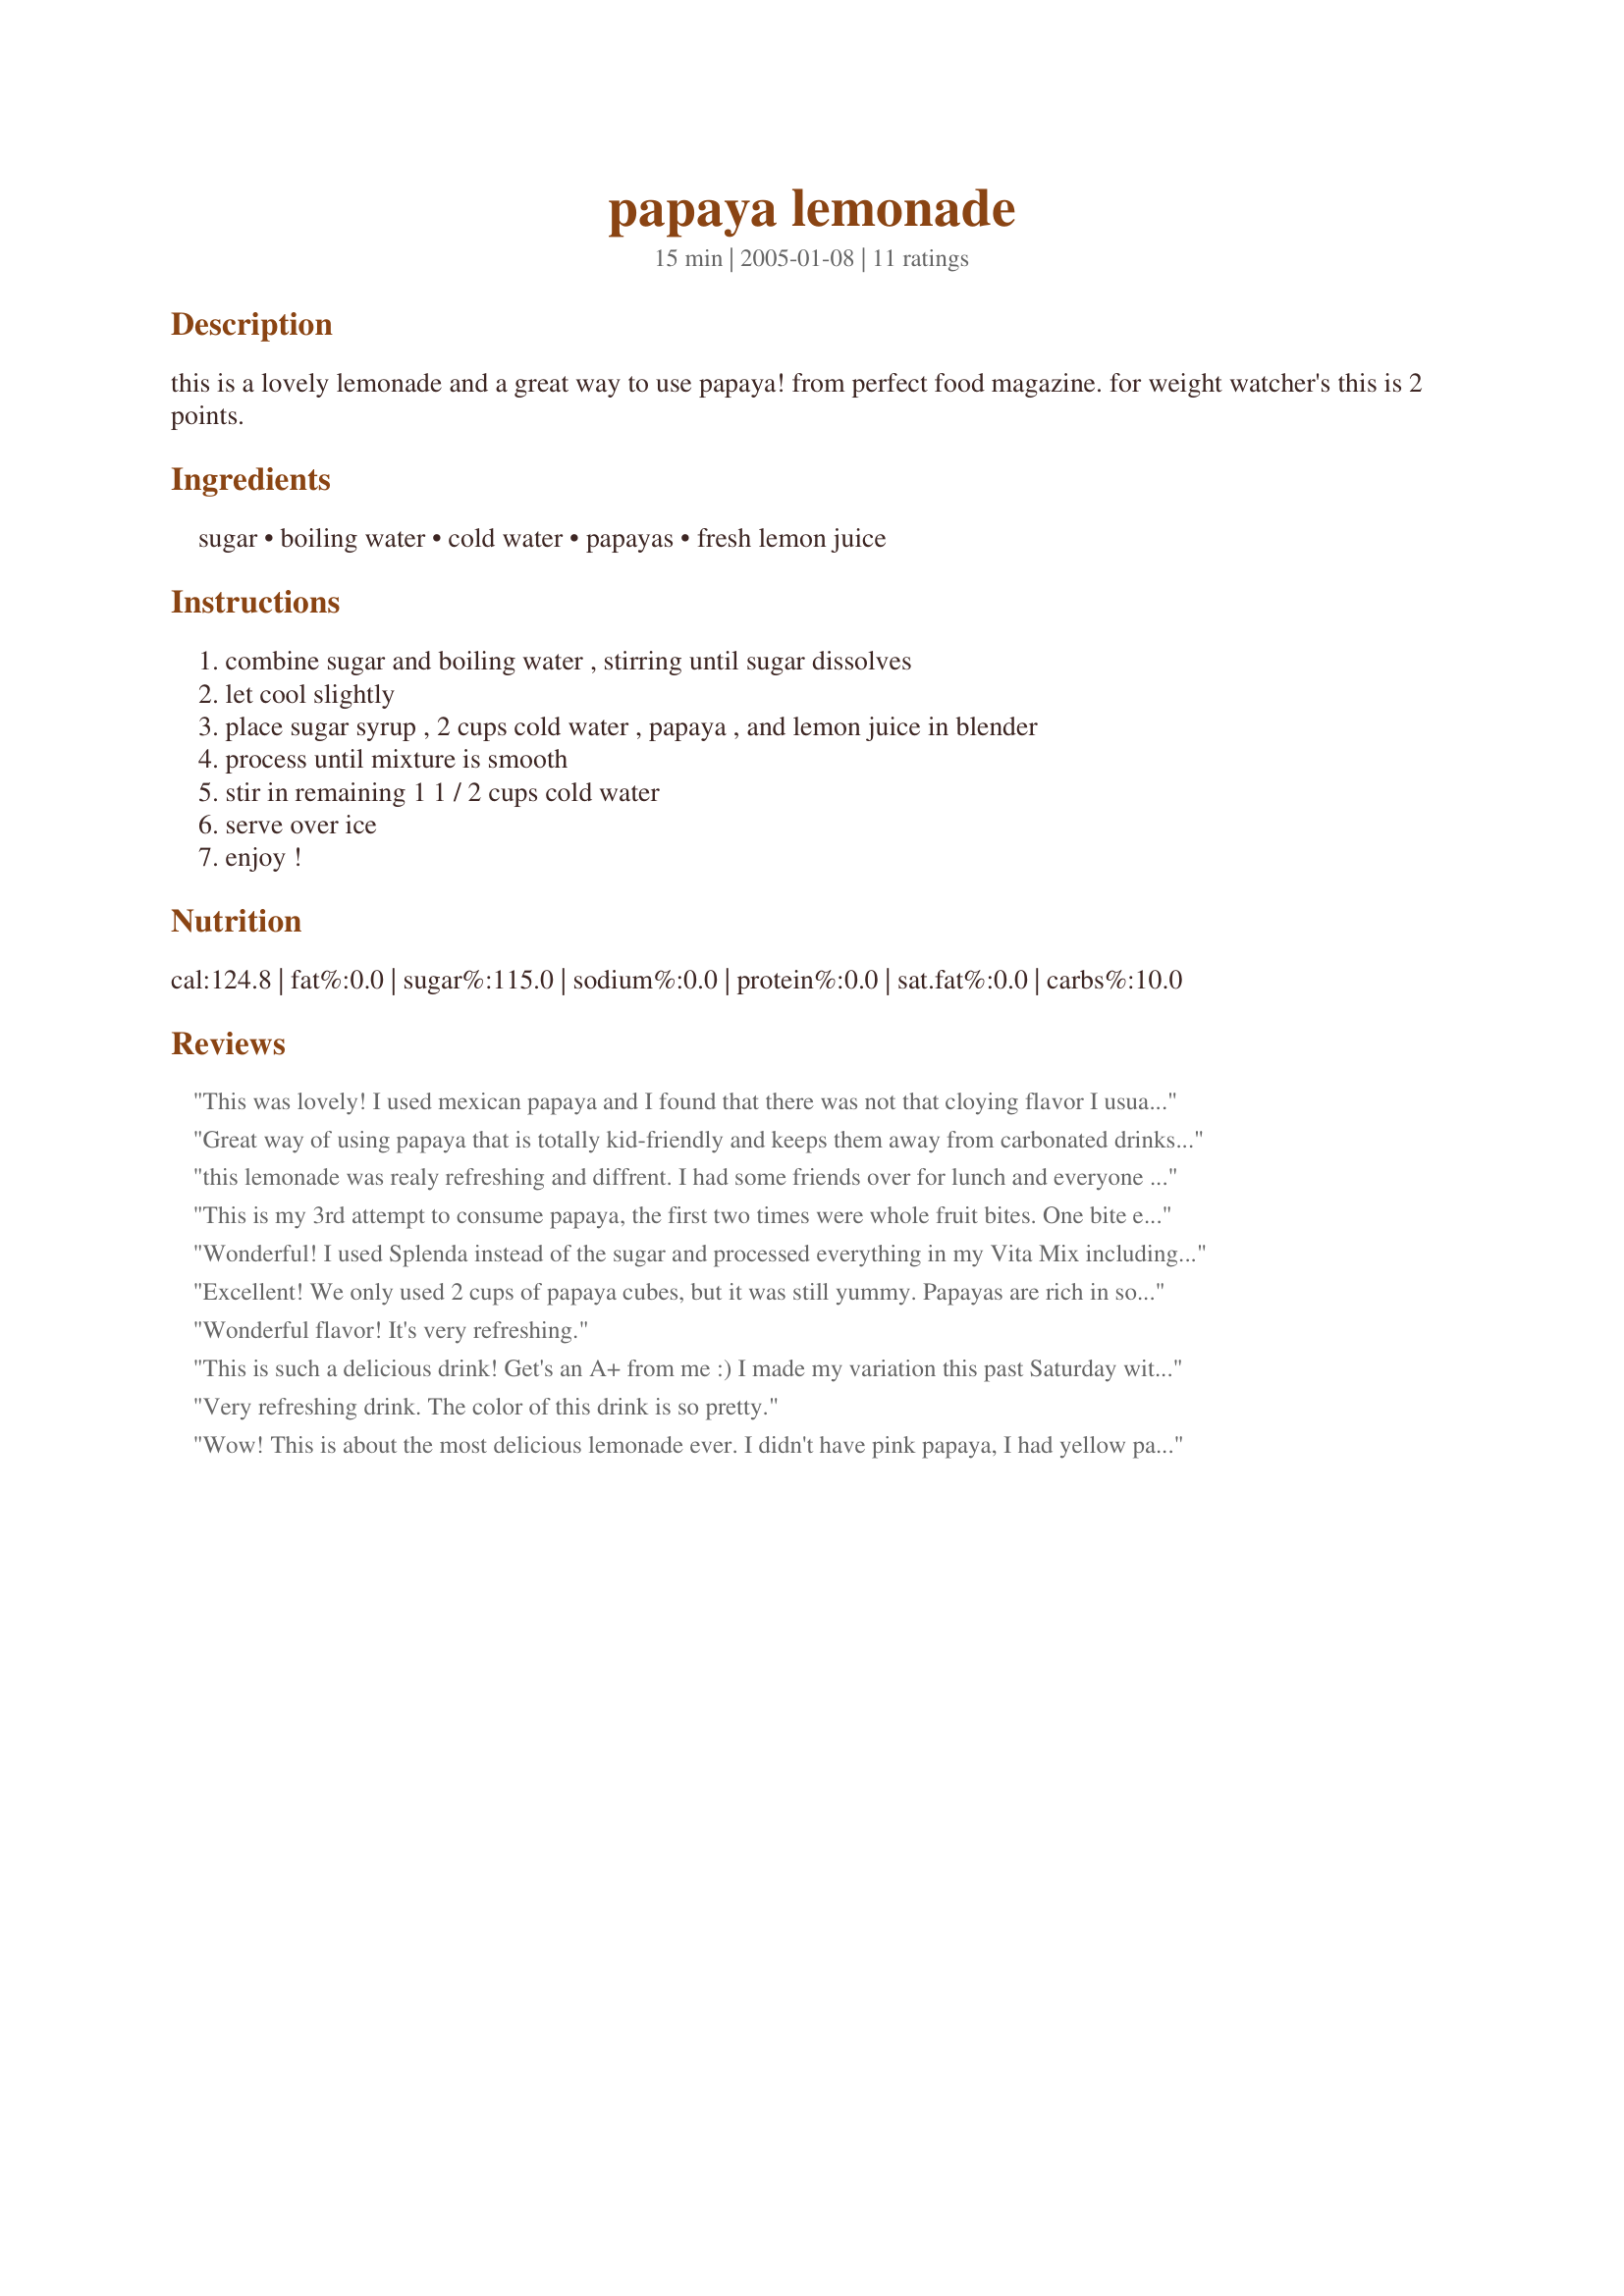
papaya lemonade
Preparation time: 15 minutes

this is a lovely lemonade and a great way to use papaya! from perfect food magazine. for weight watcher's this is 2 points.

Ingredients:
sugar, boiling water, cold water, papayas, fresh lemon juice

Steps:
combine sugar and boiling water , stirring until sugar dissolves, let cool slightly, place sugar syrup , 2 cups cold water , papaya , and lemon juice in blender, process until mixture is smooth, stir in remaining 1 1 / 2 cups cold water, serve over ice, enjoy !

Reviews:
This was lovely! I used mexican papaya and I found that there was not that cloying flavor I usually dislike about papaya. I knew it would work though as I have had papaya juiced with fresh oranges and that completely eliminates that funky flavor.
Great way of using papaya that is totally kid-friendly and keeps them away from carbonated drinks. Best ice cold.
this lemonade was realy refreshing and diffrent. I had some friends over for lunch and everyone enjoyed it.
This is my 3rd attempt to consume papaya, the first two times were whole fruit bites. One bite each time, and I couldn't handle it. The fruit is beautiful, but the smell and initial flavor are really hard to get over. I could still smell the papaya smell and got hit with the papaya flavor, but after the first few swigs, I began to enjoy it. It was a little too syrupy for me, so I will cut the sugar in half the next time I make this. Thank you!
Wonderful! I used Splenda instead of the sugar and processed everything in my Vita Mix including some ice cubes to quick chill the lemonade. It is wonderful. This will be good this summer while the meat is on the grill with some appetizers. Thanks:)
Excellent! We only used 2 cups of papaya cubes, but it was still yummy. Papayas are rich in so many vitamins (C, A and E for sure) - I'm glad my kids love this drink. Thanks for the recipe!
Wonderful flavor! It's very refreshing.
This is such a delicious drink! Get's an A+ from me :) I made my variation this past Saturday with one lemon and as many squeezed limes it took to make 1 cup of juice. Tastes just as good, plus thats all I had in the fridge XD I put about 1/2 of sugar for the simple syrup, as that was enough sweetness for my taste buds, and all the rest that was directed in the recipe. Today I made another batch with a mixture of regular sized limes and key limes and no simple syrup. At the end I topped it off with a divine lychee and some clover honey from Whole Foods to taste. One thing I noticed is no matter how many times you whip up the recipe it will almost always taste different depending on the papaya. I bought two with one being more ripe than the other. Totally changes the flavor o the drink as the ripe is more sweet and the over ripe is less sweet with a stronger taste. Just one thing to take into consideration. Thank you Sharon123 for posting this awesome recipe ;)
Very refreshing drink. The color of this drink is so pretty.
Wow! This is about the most delicious lemonade ever. I didn't have pink papaya, I had yellow papaya (not sure where it comes from). Nevertheless, Delicious!
Nice drink! I used a juicer
so I wasn't sure that I really needed to use the blender or not. But I did since the directions said to do so. SO since I was at the blender, I also added some frozen strawberries since I didn't want to use up all the cold water in the house. My family liked it (toddler too)!
I used splenda instead of real sugar but I still may reduce the sugar amount next time since I have a toddler who likes juice. Thanks.
